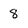
Character: 8